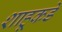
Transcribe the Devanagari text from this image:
शाहूकडे